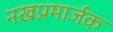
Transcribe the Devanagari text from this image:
नखप्रमार्जक